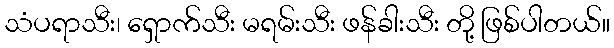
သံပရာသီး၊ ရှောက်သီး မရမ်းသီး ဖန်ခါးသီး တို့ ဖြစ်ပါတယ်။